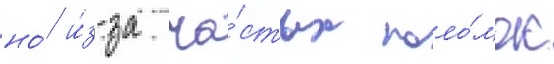
но́ и́з-за ча́стых поло́мок